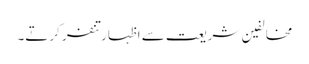
مخالفین شریعت سے اظہار تنفر کرتے۔